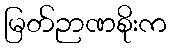
မြတ်ဉာဏစိုးက